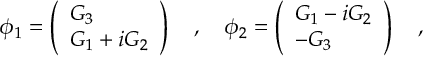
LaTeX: \phi _ { 1 } = \left( \begin{array} { l } { { G _ { 3 } } } \\ { { G _ { 1 } + i G _ { 2 } } } \end{array} \right) \quad , \quad \phi _ { 2 } = \left( \begin{array} { l } { { G _ { 1 } - i G _ { 2 } } } \\ { { - G _ { 3 } } } \end{array} \right) \quad ,